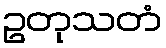
ဥတုသတံ